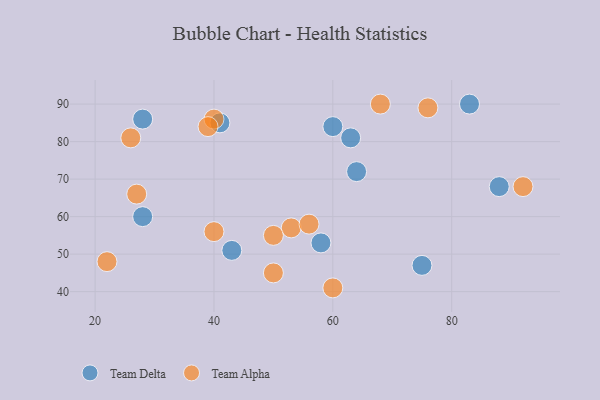
{"axis": {"x": "GDP", "y": "Life Expectancy"}, "legend": ["Team Alpha", "Team Delta"], "data": [{"x": "88", "y": 68, "type": "Team Delta"}, {"x": "83", "y": 90, "type": "Team Delta"}, {"x": "75", "y": 47, "type": "Team Delta"}, {"x": "43", "y": 51, "type": "Team Delta"}, {"x": "64", "y": 72, "type": "Team Delta"}, {"x": "41", "y": 85, "type": "Team Delta"}, {"x": "28", "y": 60, "type": "Team Delta"}, {"x": "63", "y": 81, "type": "Team Delta"}, {"x": "28", "y": 86, "type": "Team Delta"}, {"x": "60", "y": 84, "type": "Team Delta"}, {"x": "58", "y": 53, "type": "Team Delta"}, {"x": "40", "y": 86, "type": "Team Alpha"}, {"x": "22", "y": 48, "type": "Team Alpha"}, {"x": "40", "y": 56, "type": "Team Alpha"}, {"x": "27", "y": 66, "type": "Team Alpha"}, {"x": "92", "y": 68, "type": "Team Alpha"}, {"x": "50", "y": 45, "type": "Team Alpha"}, {"x": "53", "y": 57, "type": "Team Alpha"}, {"x": "68", "y": 90, "type": "Team Alpha"}, {"x": "39", "y": 84, "type": "Team Alpha"}, {"x": "26", "y": 81, "type": "Team Alpha"}, {"x": "76", "y": 89, "type": "Team Alpha"}, {"x": "56", "y": 58, "type": "Team Alpha"}, {"x": "60", "y": 41, "type": "Team Alpha"}, {"x": "50", "y": 55, "type": "Team Alpha"}]}